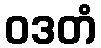
ဝဒတံ